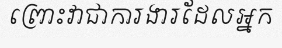
ព្រោះវាជាការងារដែលអ្នក